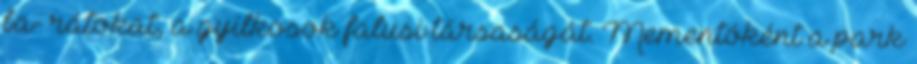
ba- rátokat, a gyilkosok falusi társaságát. Mementóként a park